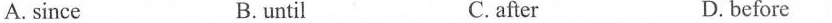
A.since B.until C.after D.before